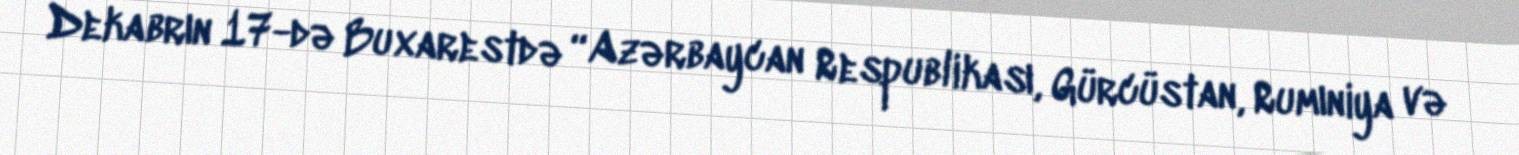
Dekabrın 17-də Buxarestdə “Azərbaycan Respublikası, Gürcüstan, Rumıniya və